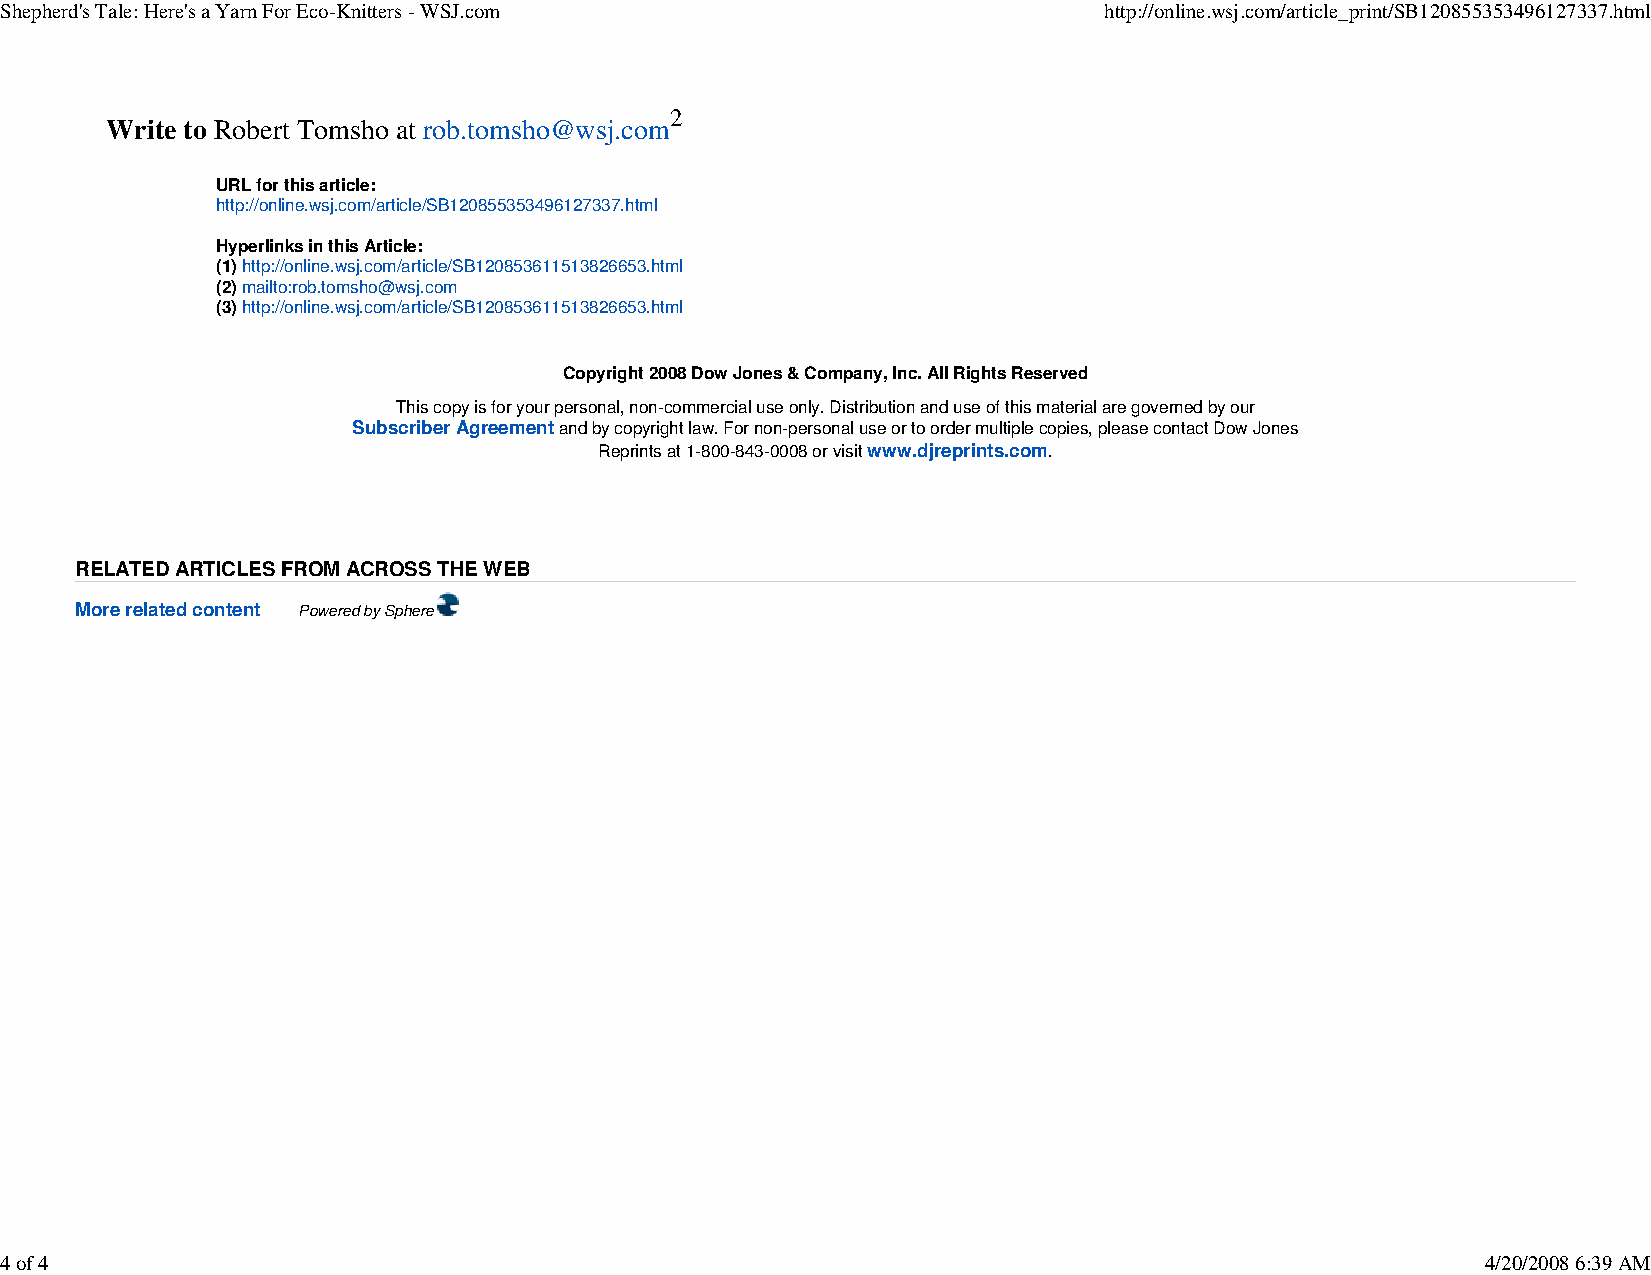
Shepherd's Tale: Here's a Yarn For Eco-Knitters - WSJ.com                http://online.wsj.com/article_print/SB120855353496127337.html
 2
 Write to Robert Tomsho at rob.tomsho@wsj.com
 URL for this article:
 http://online.wsj.com/article/SB120855353496127337.html
 Hyperlinks in this Article:
 (1) http://online.wsj.com/article/SB120853611513826653.html
 (2) mailto:rob.tomsho@wsj.com
 (3) http://online.wsj.com/article/SB120853611513826653.html
 Copyright 2008 Dow Jones & Company, Inc. All Rights Reserved
 This copy is for your personal, non-commercial use only. Distribution and use of this material are governed by our
 Subscriber Agreement and by copyright law. For non-personal use or to order multiple copies, please contact Dow Jones
 Reprints at 1-800-843-0008 or visit www.djreprints.com.
 RELATED ARTICLES FROM ACROSS THE WEB
 More related content Powered by Sphere
 4 of 4                                                                                            4/20/2008 6:39 AM